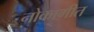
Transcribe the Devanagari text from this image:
नोकागीत